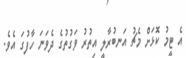
އެ ޓީމު ކޮޅަށް މެޗު އަނބުރާލީ އިތުރު ވަގުތުގެ ދެވަނަ ހާފުގަ އެވެ.